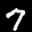
Label: 7